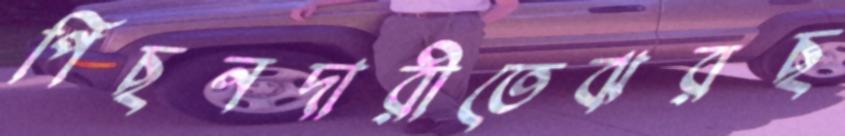
পিছনদারীতেঝরছ